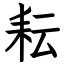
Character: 耘